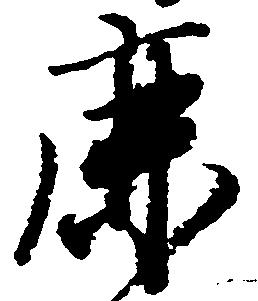
鹿